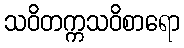
သဝိတက္ကသဝိစာရော